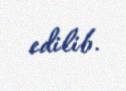
edilib.